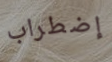
إضطراب